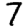
Digit: 7